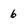
Character: 6